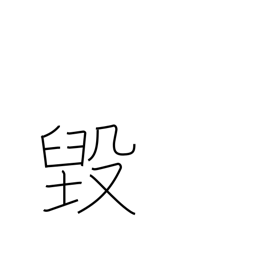
Meaning: be chipped